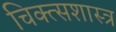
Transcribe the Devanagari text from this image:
चिक्त्सशास्त्र